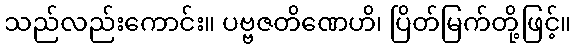
သည်လည်းကောင်း။ ပဗ္ဗဇတိဏေဟိ၊ ပြိတ်မြက်တို့ဖြင့်။